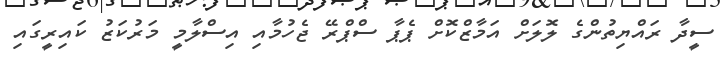
ސީދާ ރައްޔިތުންގެ ލޮލަށް އަމާޒްކޮށް ޕެޕާ ސްޕްރޭ ޖެހުމާއި އިސްލާމީ މަރުކަޒު ކައިރީގައި